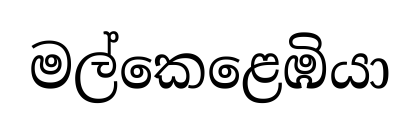
මල්කෙළෙඹියා